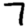
Digit: 7